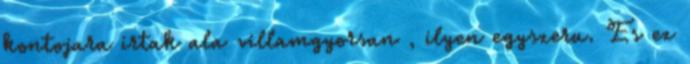
kontojara irtak ala villamgyorsan , ilyen egyszeru. Es ez